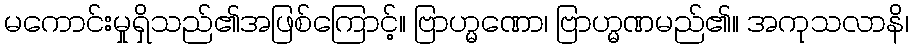
မကောင်းမှုရှိသည်၏အဖြစ်ကြောင့်။ ဗြာဟ္မဏော၊ ဗြာဟ္မဏမည်၏။ အကုသလာနိ၊